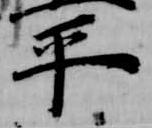
平